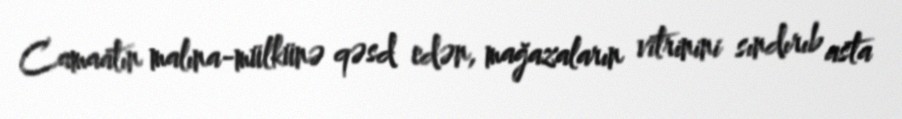
Camaatın malına-mülkünə qəsd edən, mağazaların vitrinini sındırıb asta